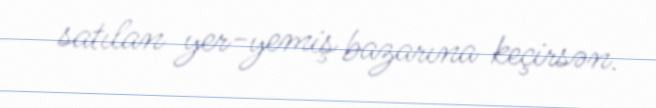
satılan yer-yemiş bazarına keçirsən.